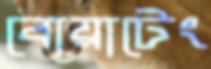
বোয়াটেং